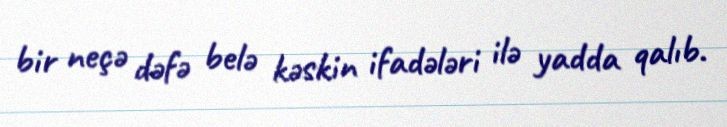
bir neçə dəfə belə kəskin ifadələri ilə yadda qalıb.